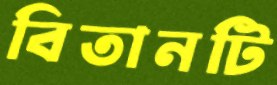
বিতানটি